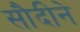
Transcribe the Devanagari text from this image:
सौदीने